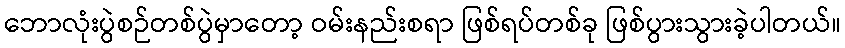
ဘောလုံးပွဲစဉ်တစ်ပွဲမှာတော့ ဝမ်းနည်းစရာ ဖြစ်ရပ်တစ်ခု ဖြစ်ပွားသွားခဲ့ပါတယ်။